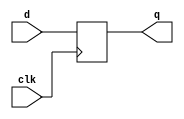
`timescale 1ns/1ns
module D_FF_b (q, d, clk);
    output q;
    input d, clk;
    reg q;
    always @ (posedge clk)
        q <= d;
endmodule

module adder_behavior_reg (s, co, a, b, ci, clk, q);
    parameter width = 32;
    output [width-1:0] s;
    output co;
    input [width-1:0] a, b;
    input ci;
    reg [width-1:0] s;
    reg co;

    // for D_FF implementation
	input clk;
	output [width:0] q;
    //reg [width:0] q;

    always @ (a or b or ci)
        {co,s} = a + b + ci;

    genvar i;
    generate
		for (i = 0; i < width + 1; i = i + 1) 
			begin:Dff
				if (i == 32) begin:db
					D_FF_b dff(q[i], co, clk);
                end else begin:db
					D_FF_b dff(q[i], s[i], clk);
                end
			end
	endgenerate
endmodule